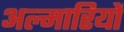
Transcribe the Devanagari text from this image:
अल्मारियों